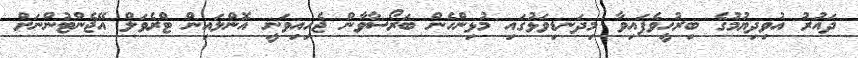
ދައުރު އުވިދިޔުމުގެ ބިރުހީވެފައިވާ މިދަނޑިވަޅުގައި މުޅިންހެން ބަރޯސާވާން ޖެހިއިވަނީ އޮންލައިން ޓްރެވަލް އޭޖެންޓުންނަށް